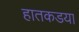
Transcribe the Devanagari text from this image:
हातकडया